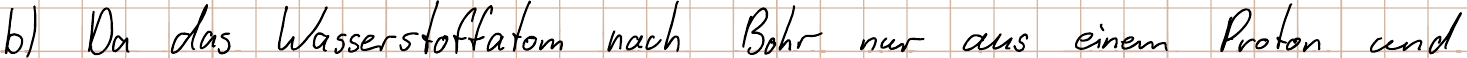
b) Da das Wasserstoffatom nach Bohr nur aus einem Proton und